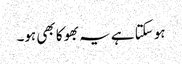
ہو سکتا ہے یہ بھوکا بھی ہو۔